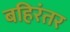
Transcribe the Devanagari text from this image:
बहिरंतर